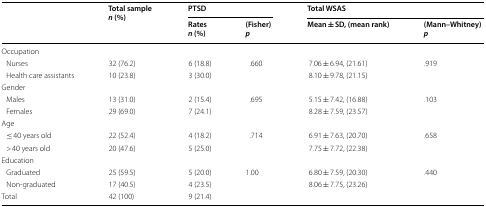
| <ROWSPAN=2>  | <ROWSPAN=2> Total samplen (%) | <COLSPAN=2> PTSD | <COLSPAN=2> Total WSAS |
 | Ratesn (%) | (Fisher)p | Mean ± SD, (mean rank) | (Mann–Whitney)p |
 | --- | --- | --- | --- | --- | --- |
 | <COLSPAN=6> Occupation |
 | Nurses | 32 (76.2) | 6 (18.8) | <ROWSPAN=2> .660 | 7.06 ± 6.94, (21.61) | <ROWSPAN=2> .919 |
 | Health care assistants | 10 (23.8) | 3 (30.0) | 8.10 ± 9.78, (21.15) |
 | <COLSPAN=6> Gender |
 | Males | 13 (31.0) | 2 (15.4) | .695 | 5.15 ± 7.42, (16.88) | .103 |
 | Females | 29 (69.0) | 7 (24.1) |  | 8.28 ± 7.59, (23.57) |  |
 | <COLSPAN=6> Age |
 | ≤ 40 years old | 22 (52.4) | 4 (18.2) | .714 | 6.91 ± 7.63, (20.70) | .658 |
 | > 40 years old | 20 (47.6) | 5 (25.0) |  | 7.75 ± 7.72, (22.38) |  |
 | <COLSPAN=6> Education |
 | Graduated | 25 (59.5) | 5 (20.0) | 1.00 | 6.80 ± 7.59, (20.30) | .440 |
 | Non-graduated | 17 (40.5) | 4 (23.5) |  | 8.06 ± 7.75, (23.26) |  |
 | Total | 42 (100) | 9 (21.4) |  |  |  |